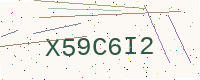
Text: X59C6I2